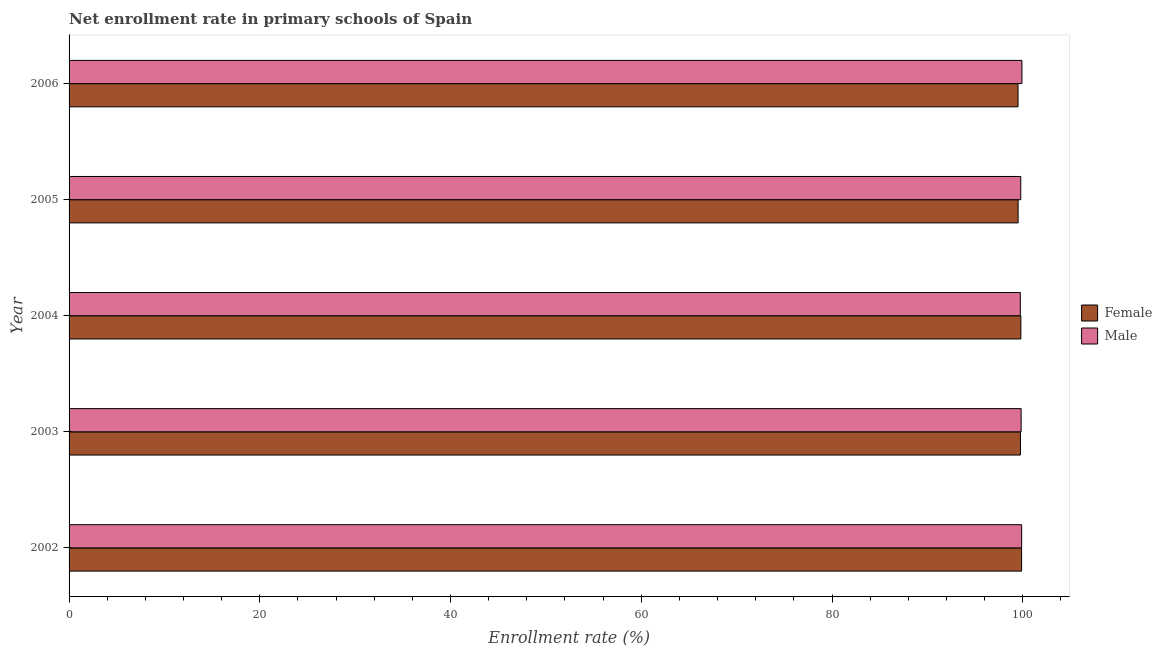
| Year | Female | Male |
 | --- | --- | --- |
 | 2002 | 99.9 | 99.9 |
 | 2003 | 99.8 | 99.8 |
 | 2004 | 99.8 | 99.7 |
 | 2005 | 99.5 | 99.8 |
 | 2006 | 99.5 | 99.9 |